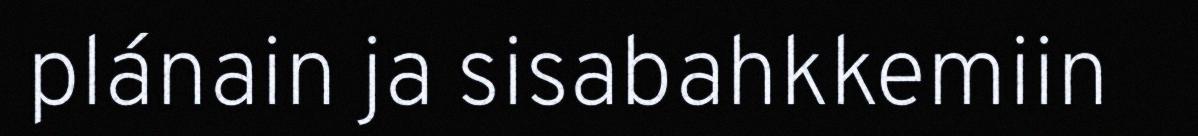
plánain ja sisabahkkemiin